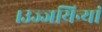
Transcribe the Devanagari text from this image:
।उज्जयिन्यां